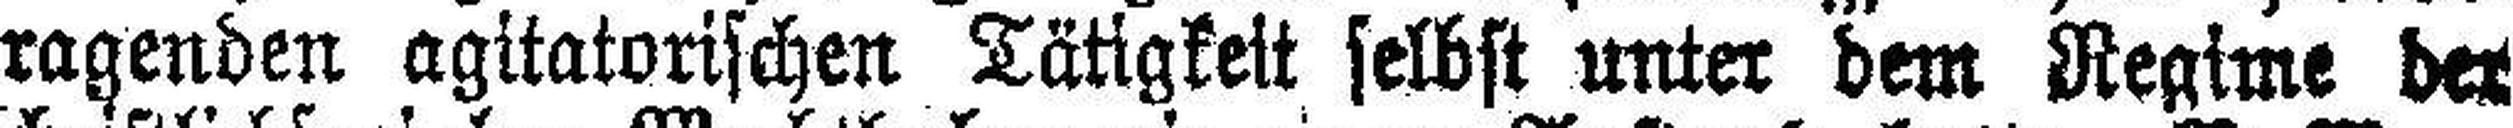
ragenden agitatorischen Tätigkeit selbst unter dem Regime der